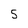
Character: 5